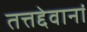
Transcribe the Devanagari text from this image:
तत्तद्देवानां